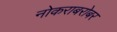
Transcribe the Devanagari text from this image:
नोकराबरोबर